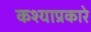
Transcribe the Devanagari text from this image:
कश्याप्रकारे